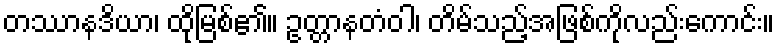
တဿာနဒိယာ၊ ထိုမြစ်၏။ ဥတ္တာနတံဝါ၊ တိမ်သည့်အဖြစ်ကိုလည်းကောင်း။